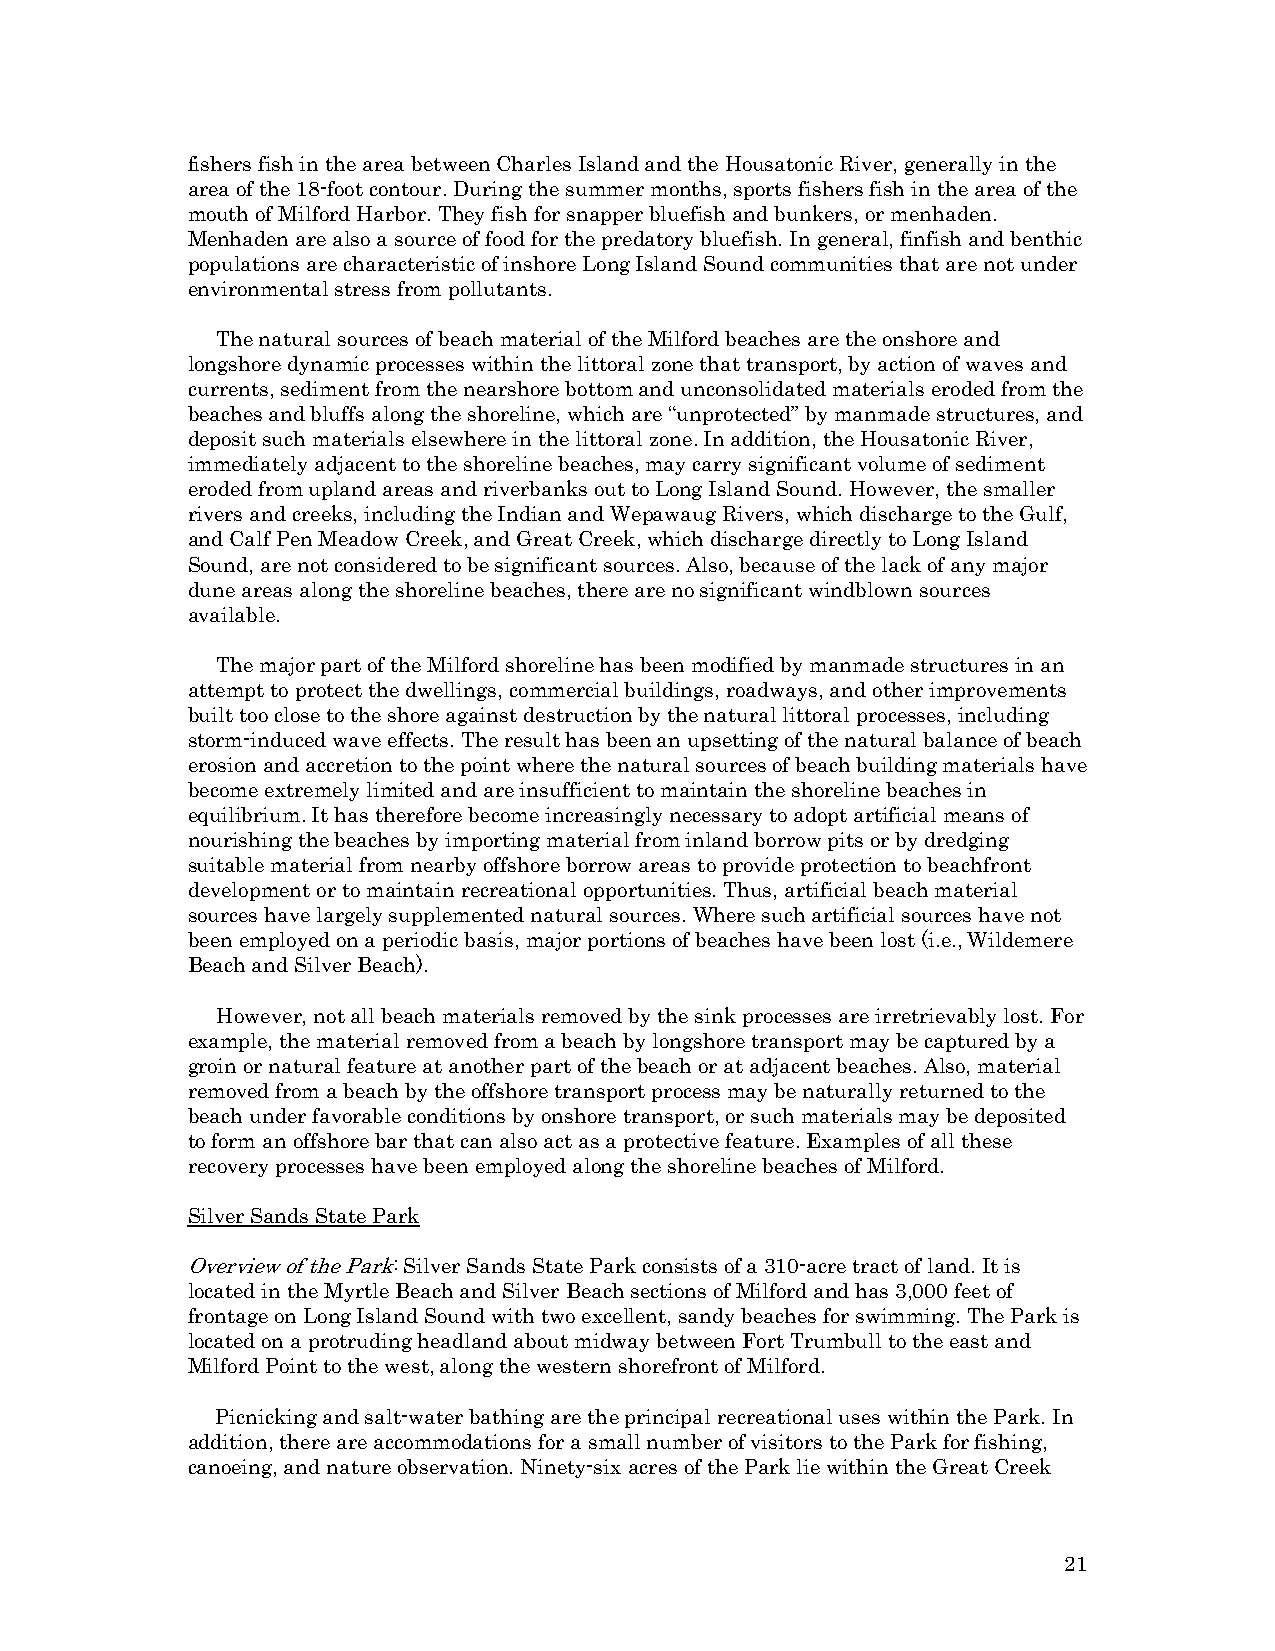
fishers fish in the area between Charles Island and the Housatonic River, generally in the
 area of the 18-foot contour. During the summer months, sports fishers fish in the area of the
 mouth of Milford Harbor. They fish for snapper bluefish and bunkers, or menhaden.
 Menhaden are also a source of food for the predatory bluefish. In general, finfish and benthic
 populations are characteristic of inshore Long Island Sound communities that are not under
 environmental stress from pollutants.
 The natural sources of beach material of the Milford beaches are the onshore and
 longshore dynamic processes within the littoral zone that transport, by action of waves and
 currents, sediment from the nearshore bottom and unconsolidated materials eroded from the
 beaches and bluffs along the shoreline, which are “unprotected” by manmade structures, and
 deposit such materials elsewhere in the littoral zone. In addition, the Housatonic River,
 immediately adjacent to the shoreline beaches, may carry significant volume of sediment
 eroded from upland areas and riverbanks out to Long Island Sound. However, the smaller
 rivers and creeks, including the Indian and Wepawaug Rivers, which discharge to the Gulf,
 and Calf Pen Meadow Creek, and Great Creek, which discharge directly to Long Island
 Sound, are not considered to be significant sources. Also, because of the lack of any major
 dune areas along the shoreline beaches, there are no significant windblown sources
 available.
 The major part of the Milford shoreline has been modified by manmade structures in an
 attempt to protect the dwellings, commercial buildings, roadways, and other improvements
 built too close to the shore against destruction by the natural littoral processes, including
 storm-induced wave effects. The result has been an upsetting of the natural balance of beach
 erosion and accretion to the point where the natural sources of beach building materials have
 become extremely limited and are insufficient to maintain the shoreline beaches in
 equilibrium. It has therefore become increasingly necessary to adopt artificial means of
 nourishing the beaches by importing material from inland borrow pits or by dredging
 suitable material from nearby offshore borrow areas to provide protection to beachfront
 development or to maintain recreational opportunities. Thus, artificial beach material
 sources have largely supplemented natural sources. Where such artificial sources have not
 been employed on a periodic basis, major portions of beaches have been lost (i.e., Wildemere
 Beach and Silver Beach).
 However, not all beach materials removed by the sink processes are irretrievably lost. For
 example, the material removed from a beach by longshore transport may be captured by a
 groin or natural feature at another part of the beach or at adjacent beaches. Also, material
 removed from a beach by the offshore transport process may be naturally returned to the
 beach under favorable conditions by onshore transport, or such materials may be deposited
 to form an offshore bar that can also act as a protective feature. Examples of all these
 recovery processes have been employed along the shoreline beaches of Milford.
 Silver Sands State Park
 Overview of the Park: Silver Sands State Park consists of a 310-acre tract of land. It is
 located in the Myrtle Beach and Silver Beach sections of Milford and has 3,000 feet of
 frontage on Long Island Sound with two excellent, sandy beaches for swimming. The Park is
 located on a protruding headland about midway between Fort Trumbull to the east and
 Milford Point to the west, along the western shorefront of Milford.
 Picnicking and salt-water bathing are the principal recreational uses within the Park. In
 addition, there are accommodations for a small number of visitors to the Park for fishing,
 canoeing, and nature observation. Ninety-six acres of the Park lie within the Great Creek
 21